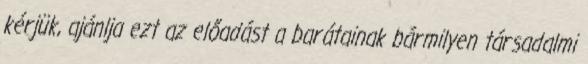
kérjük, ajánlja ezt az előadást a barátainak bármilyen társadalmi